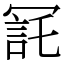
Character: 㓃